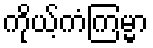
ကိုယ့်ကံကြမ္မာ